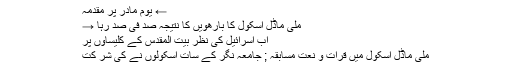
← یومِ مادر پر مقدمہ
ملی ماڈل اسکول کا بارھویں کا نتیجہ صد فی صد رہا →
اب اسرائیل کی نظر بیت المقدس کے کلیساوں پر
ملی ماڈل اسکول میں قرات و نعت مسابقہ ; جامعہ نگر کے سات اسکولوں نے کی شر کت